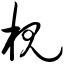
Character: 枧